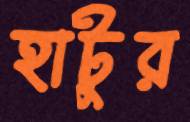
হাটুর